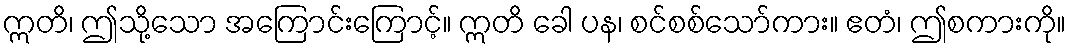
ဣတိ၊ ဤသို့သော အကြောင်းကြောင့်။ ဣတိ ခေါ ပန၊ စင်စစ်သော်ကား။ ဧတံ၊ ဤစကားကို။